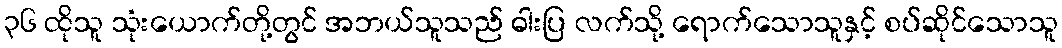
၃၆ ထိုသူ သုံးယောက်တို့တွင် အဘယ်သူသည် ဓါးပြ လက်သို့ ရောက်သောသူနှင့် စပ်ဆိုင်သောသူ